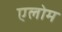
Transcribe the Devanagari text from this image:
एलोम